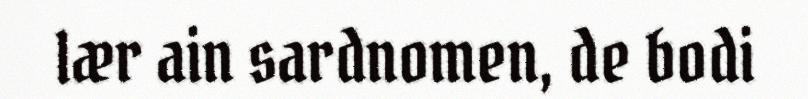
lær ain sardnomen, de bodi